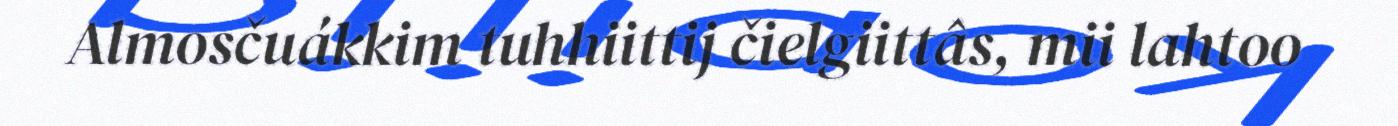
Almosčuákkim tuhhiittij čielgiittâs, mii lahtoo